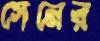
সেনের